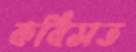
কবিসত